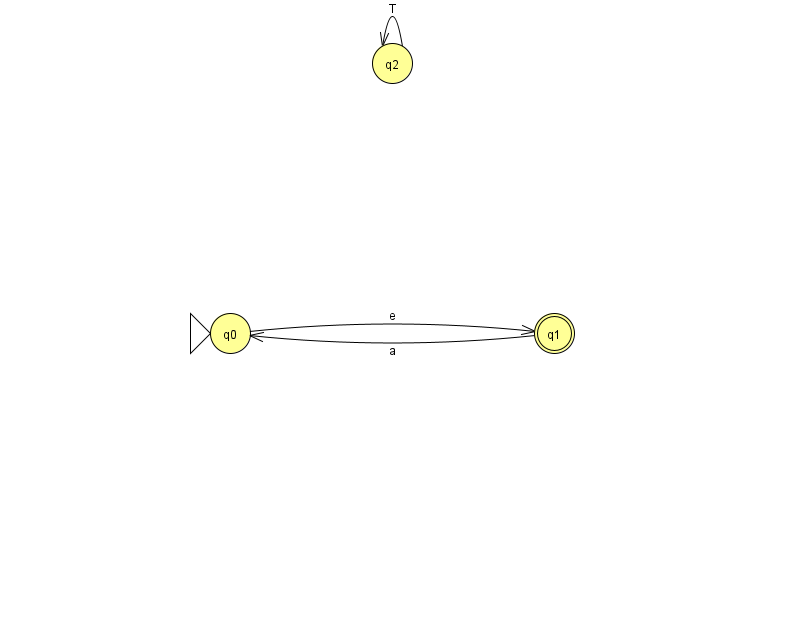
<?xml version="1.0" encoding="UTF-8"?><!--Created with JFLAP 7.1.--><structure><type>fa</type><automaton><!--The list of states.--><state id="0" name="q0"><x>230.0</x><y>320.0</y><initial/></state><state id="1" name="q1"><x>554.0</x><y>320.0</y><final/></state><state id="2" name="q2"><x>392.0</x><y>50.0</y></state><!--The list of transitions.--><transition><from>1</from><to>0</to><read>a</read></transition><transition><from>0</from><to>1</to><read>e</read></transition><transition><from>2</from><to>2</to><read>T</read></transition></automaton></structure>